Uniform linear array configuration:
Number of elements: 8
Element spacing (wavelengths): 0.75
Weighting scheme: blackman
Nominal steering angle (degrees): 60
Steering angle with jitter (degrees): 61.904
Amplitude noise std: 0.05
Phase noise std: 0.05

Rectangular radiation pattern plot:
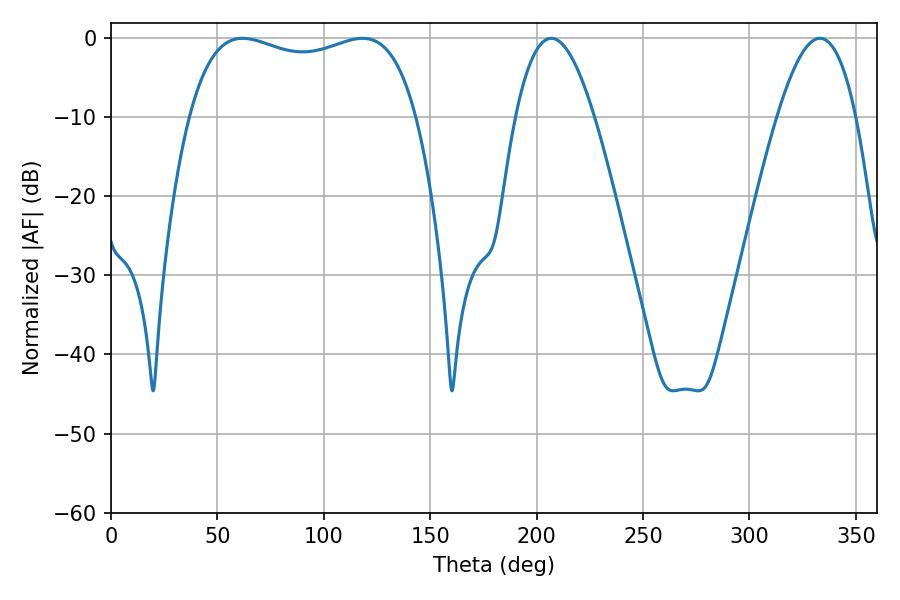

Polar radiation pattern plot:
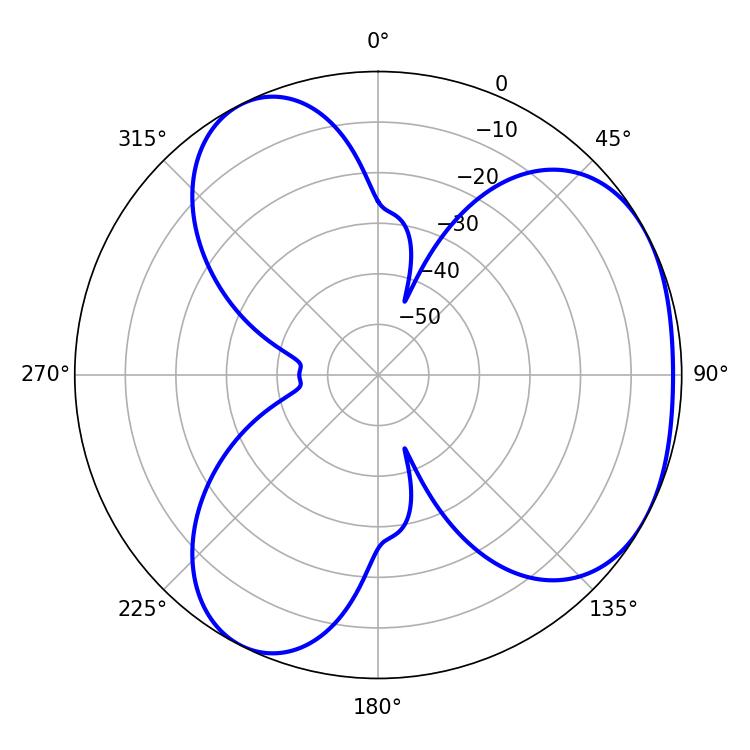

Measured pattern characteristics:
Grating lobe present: TRUE
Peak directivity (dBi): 3.711
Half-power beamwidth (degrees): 87.12
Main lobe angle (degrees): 61.74